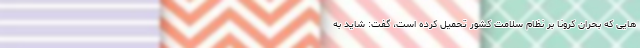
هایی که بحران کرونا بر نظام سلامت کشور تحمیل کرده است، گفت: شاید به